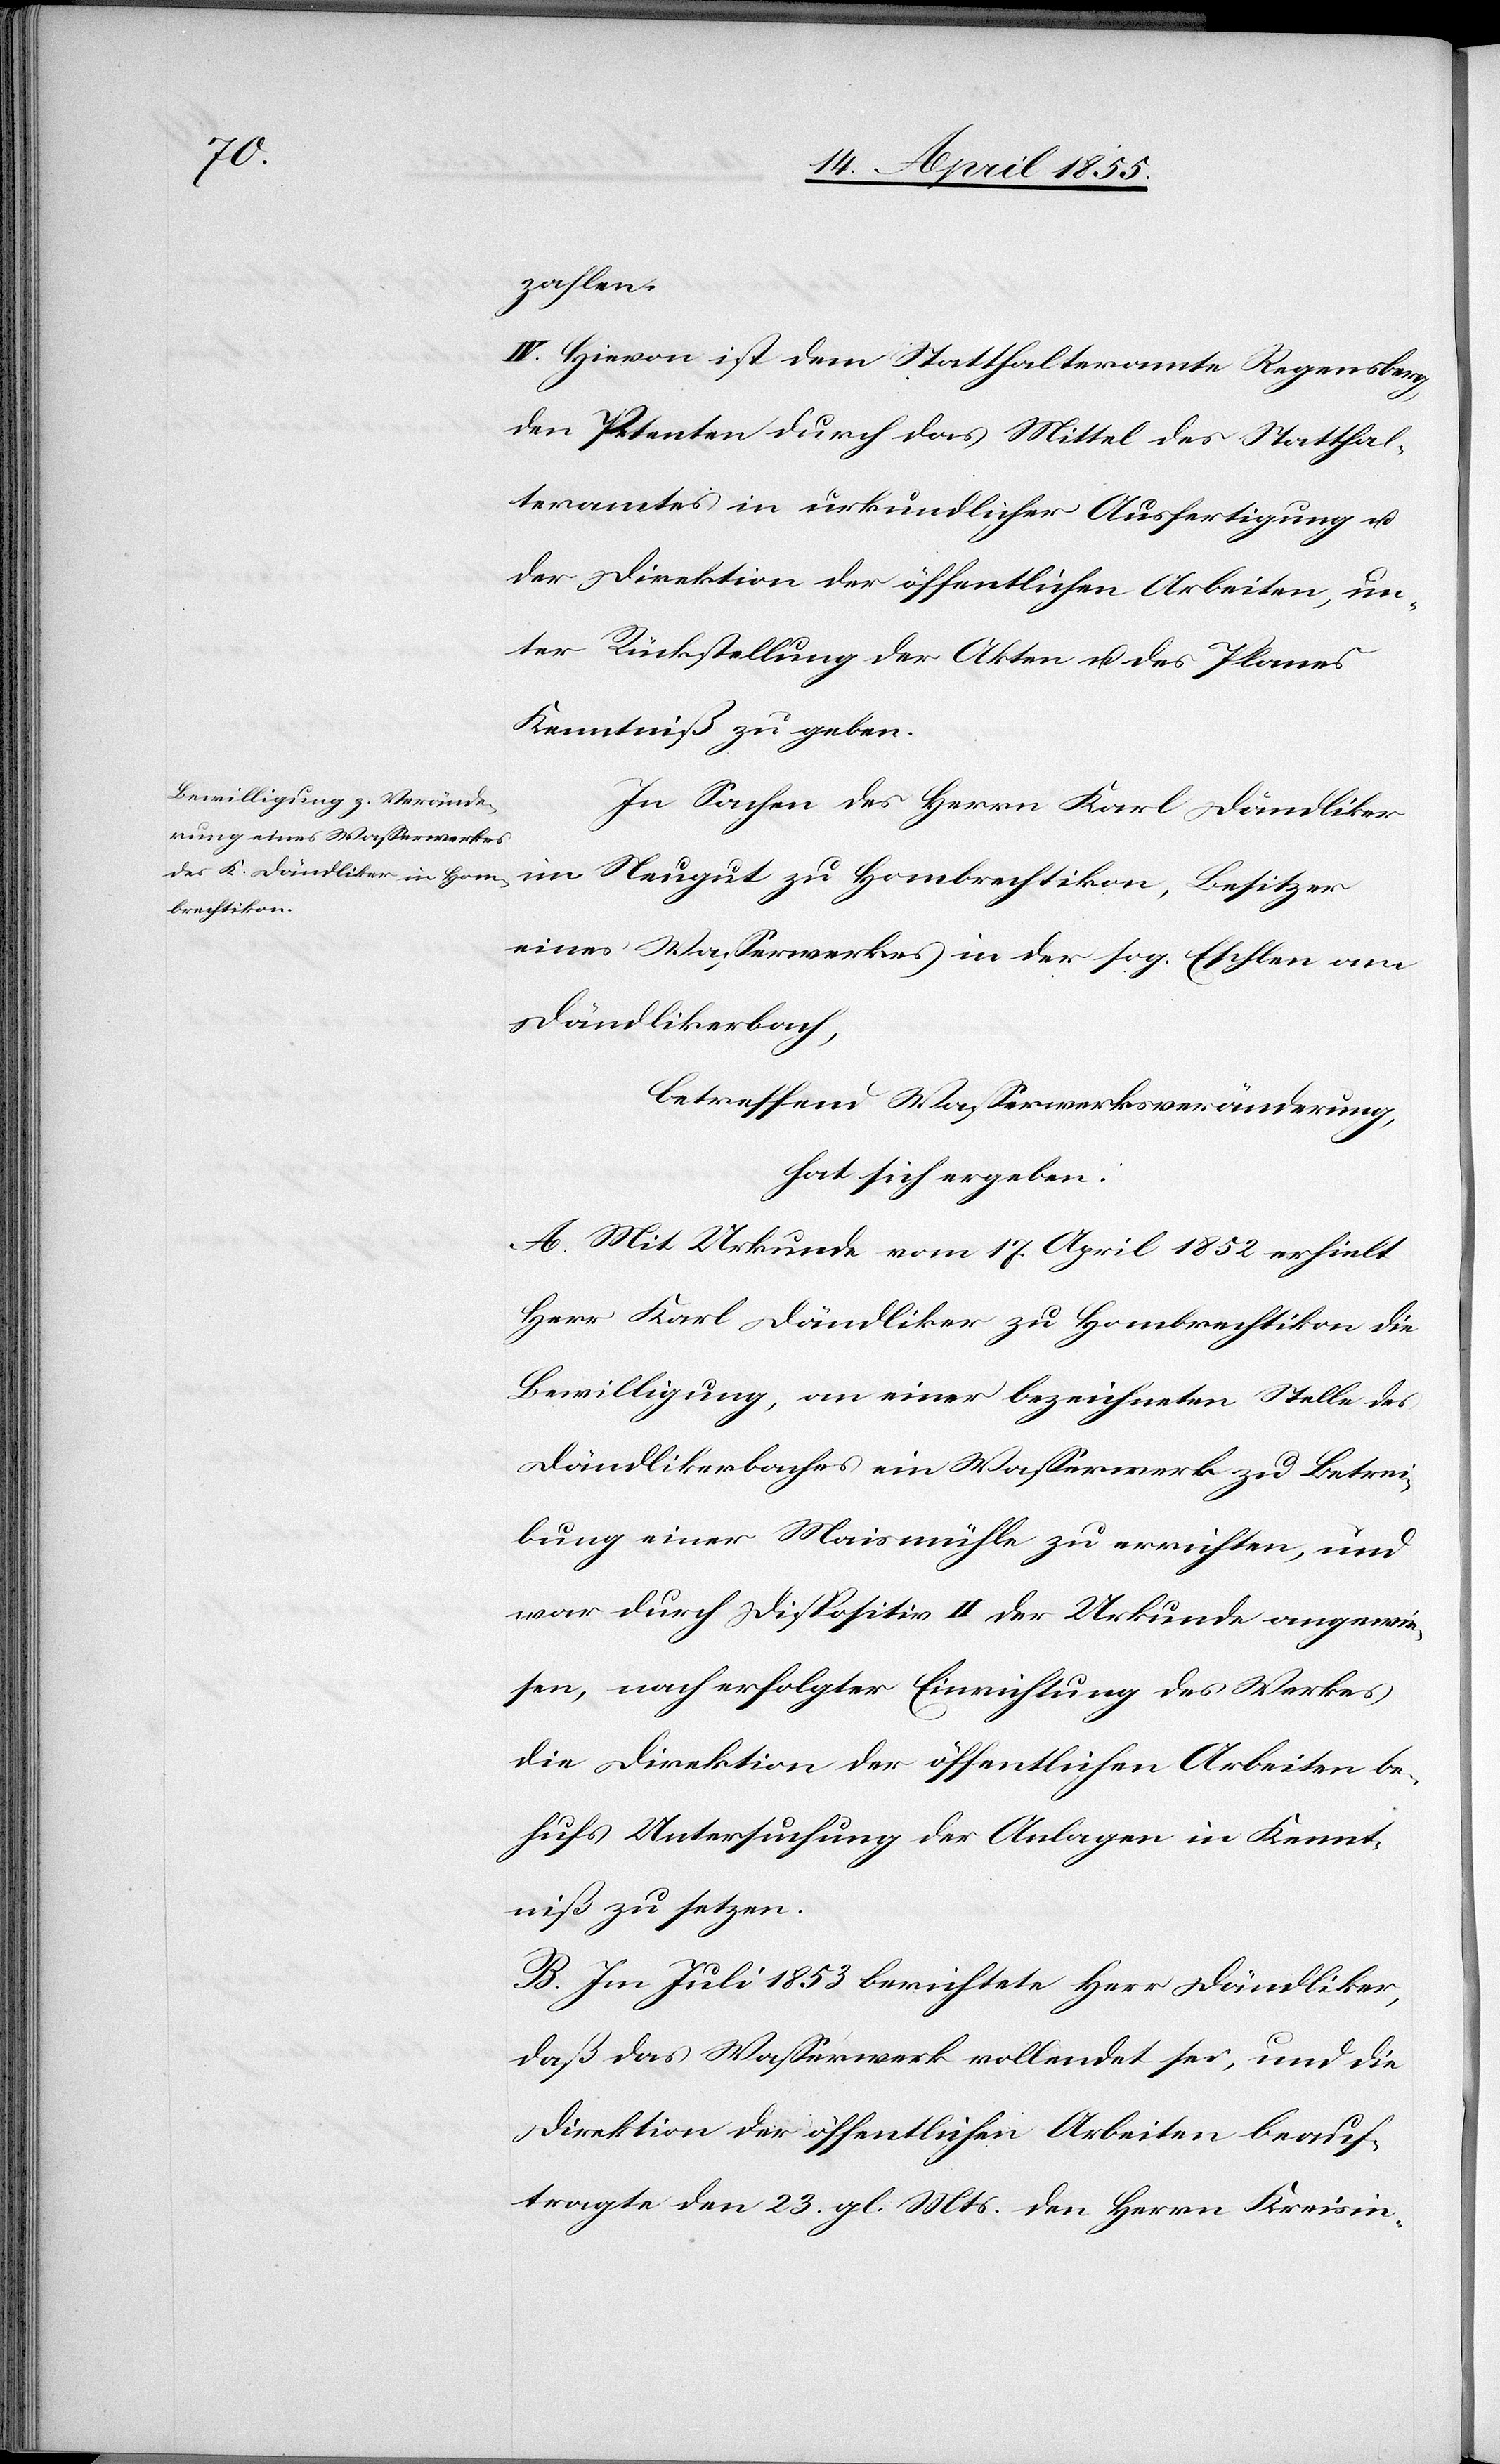
zahlen.
IV. Hievon ist dem Statthalteramte Regensberg,
den Petenten durch das Mittel des Statthal¬
teramtes in urkundlicher Ausfertigung u.
der Direktion der öffentlichen Arbeiten, un¬
ter Rückstellung der Akten u. des Planes
Kenntniß zu geben.
In Sachen des Herrn Karl Dändliker
im Neugut zu Hombrechtikon, Besitzer
eines Wasserwerkes in der sog. Eschlen am
Dändlikerbach,
betreffend Wasserwerksveränderung,
hat sich ergeben:
A. Mit Urkunde vom 17. April 1852 erhielt
Herr Karl Dändliker zu Hombrechtikon die
Bewilligung, an einer bezeichneten Stelle des
Dändlikerbaches ein Wasserwerk zu Betrei¬
bung einer Maismühle zu errichten, und
war durch Dispositiv II der Urkunde angewie¬
sen, nach erfolgter Einrichtung des Werkes
die Direktion der öffentlichen Arbeiten be¬
hufs Untersuchung der Anlagen in Kennt¬
niß zu setzen.
B. Im Juli 1853 berichtete Herr Dändliker,
daß das Wasserwerk vollendet sei, und die
Direktion der öffentlichen Arbeiten beauf¬
tragte den 23. gl. Mts. den Herrn Kreisin-